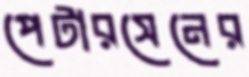
পেটারসেনের